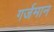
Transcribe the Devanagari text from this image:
गर्जमान